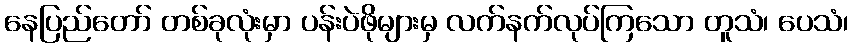
နေပြည်တော် တစ်ခုလုံးမှာ ပန်းပဲဖိုများမှ လက်နက်လုပ်ကြသော တူသံ၊ ပေသံ၊